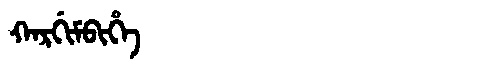
Manchu: ᡴᠠᡵᡤᡳᠮᠪᡳᡥᡝ
Romanization: KARGIMBIHE